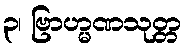
၃၊ ဗြာဟ္မဏသုတ္တ